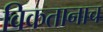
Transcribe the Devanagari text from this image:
विकतानाच